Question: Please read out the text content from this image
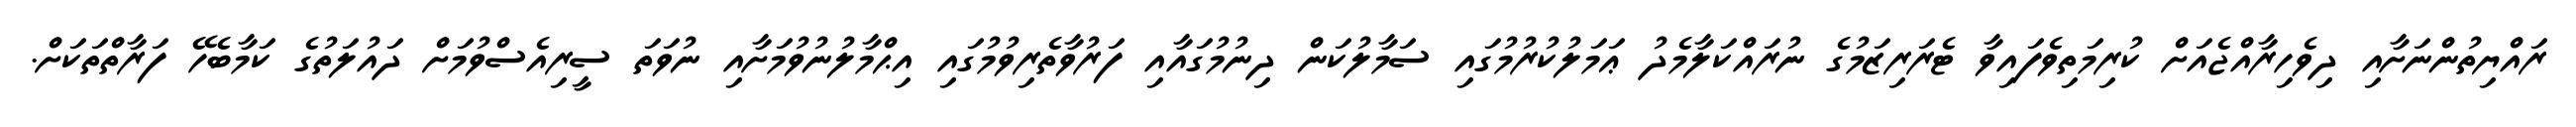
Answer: ރައްޔިތުންނަށާއި ދިވެހިރާއްޖެއަށް ކުރިމަތިވެފައިވާ ޓެރަރިޒަމުގެ ނުރައްކަލާމެދު ޢަމަލުކުރުމުގައި ސަމާލުކަން ދިނުމުގައާއި ފަރުވާތެރިވުމުގައި އިޙްމާލުނުވުމަށާއި ނުވަތަ ސީރިއެސްވުމަށް ދައުލަތުގެ ކަމާބެހޭ ފަރާތްތަކަށް.